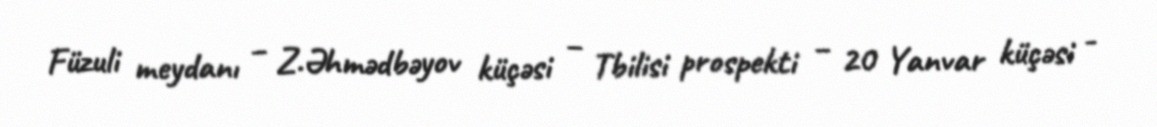
Füzuli meydanı – Z.Əhmədbəyov küçəsi – Tbilisi prospekti – 20 Yanvar küçəsi -